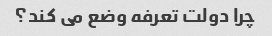
چرا دولت تعرفه وضع می کند؟